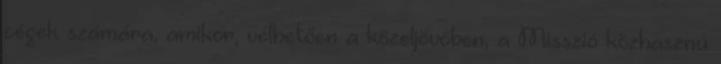
cégek számára, amikor, vélhetően a közeljövőben, a Misszió közhasznú